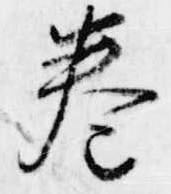
巻